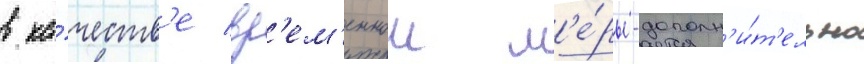
в ка́честв'е вр'ем'еннои м'е́ры-дополн'и́т'ельно